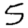
Digit: 5